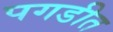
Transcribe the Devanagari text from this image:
पगडीत